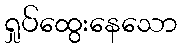
ရှုပ်ထွေးနေသော